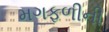
મગફળીની